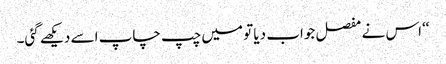
‘‘اس نے مفصل جواب دیا تو میں چپ چاپ اسے دیکھے گئی۔